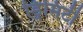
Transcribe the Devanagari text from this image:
ड्रिमिटी